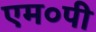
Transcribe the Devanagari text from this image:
एम०पी